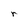
Character: r